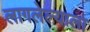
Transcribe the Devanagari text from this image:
लागलेल्याला